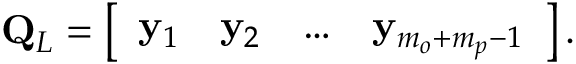
\mathbf { Q } _ { L } = \left[ \begin{array} { l l l l } { \mathbf { y } _ { 1 } } & { \mathbf { y } _ { 2 } } & { \dots } & { \mathbf { y } _ { m _ { o } + m _ { p } - 1 } } \end{array} \right] .